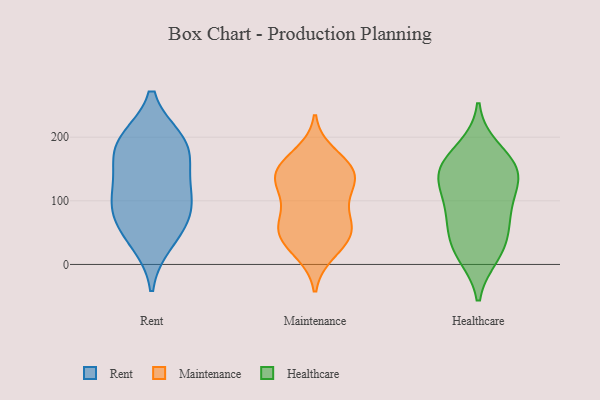
{"axis": {"x": "Budget (USD K)", "y": "Value"}, "legend": ["Healthcare", "Maintenance", "Rent"], "data": [{"x": "", "y": 122, "type": "Rent"}, {"x": "", "y": 116, "type": "Rent"}, {"x": "", "y": 165, "type": "Rent"}, {"x": "", "y": 36, "type": "Rent"}, {"x": "", "y": 194, "type": "Rent"}, {"x": "", "y": 57, "type": "Rent"}, {"x": "", "y": 188, "type": "Rent"}, {"x": "", "y": 190, "type": "Rent"}, {"x": "", "y": 84, "type": "Rent"}, {"x": "", "y": 86, "type": "Rent"}, {"x": "", "y": 58, "type": "Maintenance"}, {"x": "", "y": 51, "type": "Maintenance"}, {"x": "", "y": 130, "type": "Maintenance"}, {"x": "", "y": 154, "type": "Maintenance"}, {"x": "", "y": 151, "type": "Maintenance"}, {"x": "", "y": 57, "type": "Maintenance"}, {"x": "", "y": 100, "type": "Maintenance"}, {"x": "", "y": 19, "type": "Maintenance"}, {"x": "", "y": 141, "type": "Maintenance"}, {"x": "", "y": 173, "type": "Maintenance"}, {"x": "", "y": 146, "type": "Maintenance"}, {"x": "", "y": 26, "type": "Maintenance"}, {"x": "", "y": 64, "type": "Maintenance"}, {"x": "", "y": 50, "type": "Maintenance"}, {"x": "", "y": 106, "type": "Maintenance"}, {"x": "", "y": 130, "type": "Maintenance"}, {"x": "", "y": 181, "type": "Healthcare"}, {"x": "", "y": 67, "type": "Healthcare"}, {"x": "", "y": 132, "type": "Healthcare"}, {"x": "", "y": 136, "type": "Healthcare"}, {"x": "", "y": 23, "type": "Healthcare"}, {"x": "", "y": 84, "type": "Healthcare"}, {"x": "", "y": 88, "type": "Healthcare"}, {"x": "", "y": 157, "type": "Healthcare"}, {"x": "", "y": 36, "type": "Healthcare"}, {"x": "", "y": 146, "type": "Healthcare"}, {"x": "", "y": 16, "type": "Healthcare"}, {"x": "", "y": 145, "type": "Healthcare"}]}